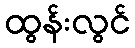
ထွန်းလွင်